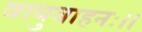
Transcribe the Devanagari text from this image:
वायुवाहनः।।